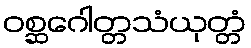
ဝစ္ဆဂေါတ္တသံယုတ္တံ